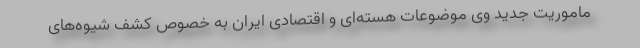
ماموریت جدید وی موضوعات هسته‌ای و اقتصادی ایران به خصوص کشف شیوه‌های